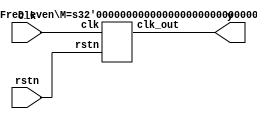
`timescale 1ns / 1ps
//////////////////////////////////////////////////////////////////////////////////
// Company: 
// Engineer: 
// 
// Design Name: 
// Module Name: FreD
// Project Name: 
// Target Devices: 
// Tool Versions: 
// Description: 
// 
// Dependencies: 
// 
// Revision:
// Revision 0.01 - File Created
// Additional Comments:
// 
//////////////////////////////////////////////////////////////////////////////////


module FreD#(parameter k = 4)(
    input clk,
    input rstn,
    output y
    );
    if(k % 2 == 0) FreD_even #(.M(k))fred1(.clk(clk),.rstn(rstn),.clk_out(y));
    else FreD_odd #(.M(k))fre2(.clk(clk),.rstn(rstn),.clk_out(y));
endmodule

module FreD_even 
#(parameter M = 4)(
input       clk,
input	    rstn,
output reg  clk_out
);
reg	[30:0]	count;
parameter	N = M/2;
always@(posedge clk or negedge rstn)
begin
	if(!rstn)
	   begin
		clk_out	<= 0;
		count	<= 3'b00;
	   end
	else if(count == N-1)
	   begin
		clk_out <= ~clk_out;
		count	<= count + 1;
	   end
	else if(count == M-1)
	   begin
		clk_out <= ~clk_out;
		count	<= 3'b000;
	   end
	else 
	   begin 
		clk_out <= clk_out;
		count	<= count + 1;
	   end
end
endmodule

module FreD_odd 
#(parameter M = 5)(
input       clk,
input       rstn,
input       clk_out
);
reg     [30:0]   count;
reg             clk_1;
reg             clk_2;
parameter       N = (M-1)/2;
always@(posedge clk or negedge rstn)
begin
    if(!rstn)
        count   <= 0;
    else if(count == (M-1))
        count   <= 0;
    else 
        count   <= count +1;
end
always@(posedge clk or negedge rstn)
begin
    if(!rstn)
        clk_1   <= 0;
    else if(count == N-1)
        clk_1   <= ~clk_1;
    else if(count == M-1)
        clk_1   <= ~clk_1;
end
always@(negedge clk or negedge rstn)
begin
    if(!rstn)
        clk_2   <= 0;
    else if(count == N-1)
        clk_2   <= ~clk_2;
    else if(count == M-1)
        clk_2   <= ~clk_2;
end
assign  clk_out = clk_1 & clk_2;
endmodule